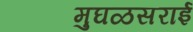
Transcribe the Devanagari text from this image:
मुघळसराई